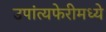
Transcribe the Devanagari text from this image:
उपांत्यफेरीमध्ये